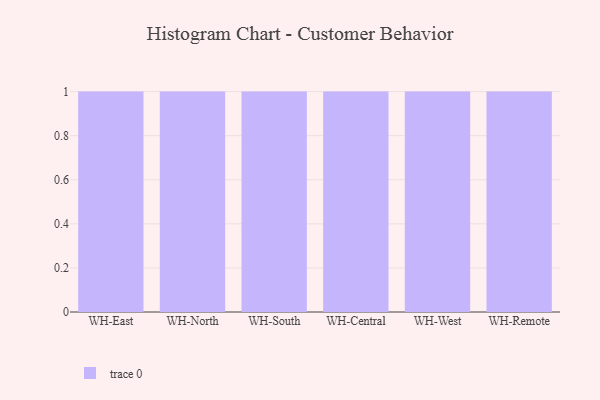
{"axis": {"x": "Warehouse", "y": "Population (Million)"}, "legend": [""], "data": [{"x": "WH-East", "y": 74, "type": ""}, {"x": "WH-North", "y": 51, "type": ""}, {"x": "WH-South", "y": 56, "type": ""}, {"x": "WH-Central", "y": 83, "type": ""}, {"x": "WH-West", "y": 17, "type": ""}, {"x": "WH-Remote", "y": 49, "type": ""}]}